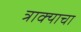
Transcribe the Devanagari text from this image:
त्राक्याचा